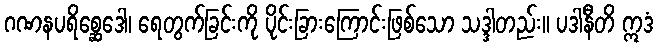
ဂဏနပရိစ္ဆေဒေါ၊ ရေတွက်ခြင်းကို ပိုင်းခြားကြောင်းဖြစ်သော သဒ္ဒါတည်း။ ပဒါနီတိ ဣဒံ